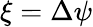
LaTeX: \xi=\Delta\psi